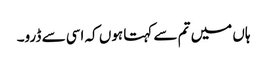
ہاں میں تم سے کہتا ہوں کہ اسی سے ڈرو۔